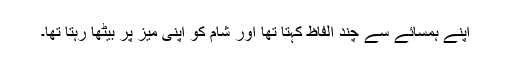
اپنے ہمسائے سے چند الفاظ کہتا تھا اور شام کو اپنی میز پر بیٹھا رہتا تھا۔